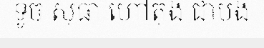
ទូច សុធា ហៅតុង ជាបង